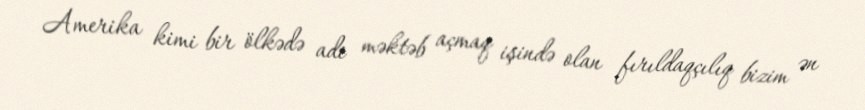
Amerika kimi bir ölkədə adi məktəb açmaq işində olan fırıldaqçılıq bizim ən